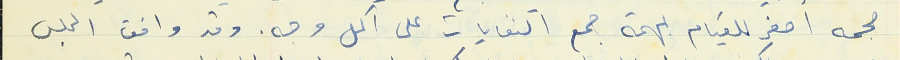
حجمه اصغر للقيام بمهمة جمع النفايات على اكمل وجه. وقد وافق المجلس